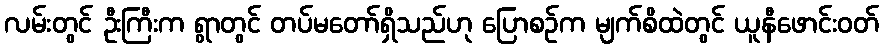
လမ်းတွင် ဦးကြီးက ရွာတွင် တပ်မတော်ရှိသည်ဟု ပြောစဉ်က မျက်စိထဲတွင် ယူနီဖောင်းဝတ်